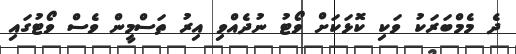
ދެ މެމްބަރަކު ވަކި ކޮޅަކަށް ވޯޓު ނުދެއްވި އިރު ތަސްމީން ވެސް ވޯޓުގައި